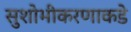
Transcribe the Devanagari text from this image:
सुशोभीकरणाकडे